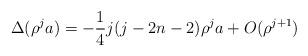
LaTeX: \begin{align*}\Delta(\rho^ja)=-\frac{1}{4}j(j-2n-2)\rho^ja+O(\rho^{j+1})\end{align*}